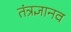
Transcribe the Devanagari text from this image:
तंत्रज्ञानव